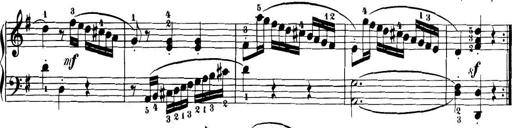
Title: 32 Sonatinas and Rondos for the Piano
Composer: Richard Kleinmichel